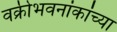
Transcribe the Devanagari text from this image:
वक्रीभवनांकांच्या